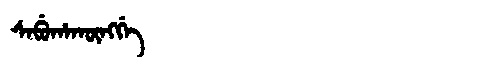
Manchu: ᠰᠠᠪᡠᡥᠠᡴᡡᠩᡤᡝ
Romanization: SABUHAKŪNGGE